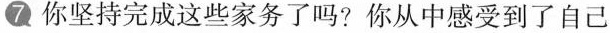
7.你坚持完成这些家务了吗？你从中感受到了自己